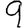
Digit: 9